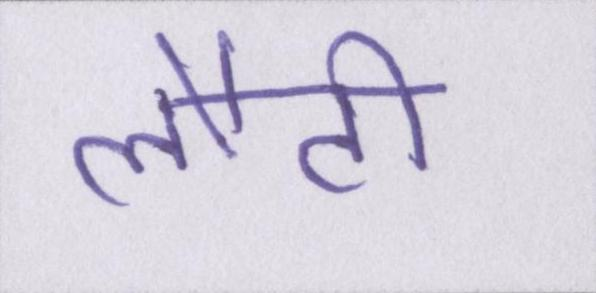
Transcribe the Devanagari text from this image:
लौटी